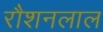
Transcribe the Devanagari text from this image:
रौशनलाल